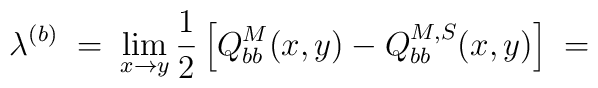
\lambda^{(b)} \; = \; \lim_{x\rightarrow y} \frac{1}{2}\left[ Q_{bb}^M(x,y) - Q_{bb}^{M,S}(x,y) \right] \; =